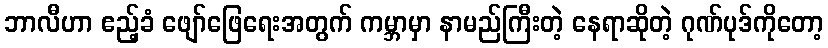
ဘာလီဟာ ဧည့်ခံ ဖျော်ဖြေရေးအတွက် ကမ္ဘာမှာ နာမည်ကြီးတဲ့ နေရာဆိုတဲ့ ဂုဏ်ပုဒ်ကိုတော့